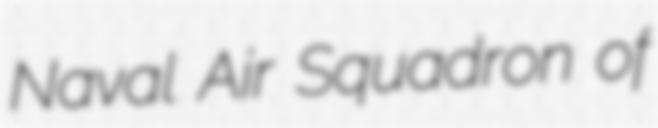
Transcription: Naval Air Squadron of